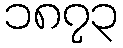
၁၈၇၃